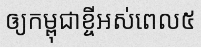
ឲ្យកម្ពុជាខ្ចីអស់ពេល៥